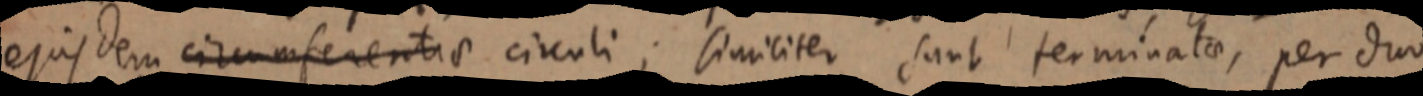
ejusdem circumferentiae circuli; similiter sunt terminatae, per duo